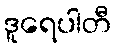
ဒူရေပါတီ